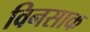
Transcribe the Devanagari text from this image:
विनसाक